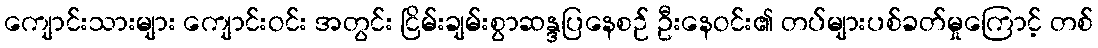
ကျောင်းသားများ ကျောင်းဝင်း အတွင်း ငြိမ်းချမ်းစွာဆန္ဒပြနေစဉ် ဦးနေဝင်း၏ တပ်များပစ်ခတ်မှုကြောင့် တစ်